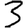
Digit: 3